Vaccination in the Punjab 1905-1918 - 1905-1918
Year: 1905
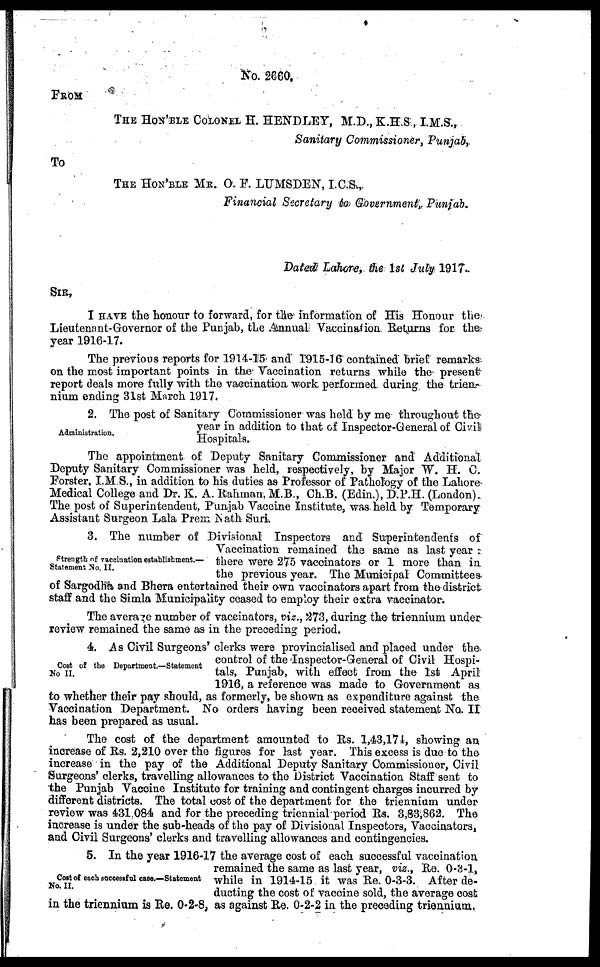
NO. 2660.
FROM
THE HON'BLE COLONEL H. HENDLEY, M.D., K.H.S , I.M.S.,
Sanitary Commissioner, Punjab,
To
THE HON'BLE MR. O. F. LUMSDEN, I.C.S.,
Financial Secretary to Government, Punjab.
Dated Lahore, the 1st July 1917.
SIR,
I HAVE the honour to forward, for the information of His Honour the-
Lieutenant-Governor of the Punjab, the Annual Vaccination Returns for the
year 1916-17.
The previous reports for 1914-15 and 1915-16 contained brief remarks
on the most important points in the Vaccination returns while the present
report deals more fully with the vaccination work performed during the trien-
nium ending 31st March 1917.
Administration.
2. The post of Sanitary Commissioner was held by me throughout the
year in addition to that of Inspector-General of Civil
Hospitals.
The appointment of Deputy Sanitary Commissioner and Additional
Deputy Sanitary Commissioner was held, respectively, by Major W. H. C.
Forster. I.M.S., in addition to his duties as Professor of Pathology of the Lahore
Medical College and Dr. K. A. Rahman, M.B., Ch.B. (Edin.), D.P.H. (London).
The post of Superintendent, Punjab Vaccine Institute, was held by Temporary
Assistant Surgeon Lala Prem Nath Suri.
Strength of vaccination establishment —
Statement No. II.
3. The number of Divisional Inspectors and Superintendents of
Vaccination remained the same as last year :
there were 275 vaccinators or 1 more than in
the previous year. The Municipal Committees-
of Sargodha and Bhera entertained their own vaccinators apart from the district
staff and the Simla Municipality ceased to employ their extra vaccinator.
The average number of vaccinators, viz., 273, during the triennium under
review remained the same as in the preceding period.
Cost of the Department.—Statement
No II.
4. As Civil Surgeons' clerks were provincialised and placed under the
control of the Inspector-General of Civil Hospi-
tals, Punjab, with effect from the 1st April
1916, a reference was made to Government as
to whether their pay should, as formerly, be shown as expenditure against the
Vaccination Department. No orders having been received statement No. II
has been prepared as usual.
The cost of the department amounted to Rs. 1,43,174, showing an
increase of Rs. 2,210 over the figures for last year. This excess is due to the
increase in the pay of the Additional Deputy Sanitary Commissioner, Civil
Surgeons' clerks, travelling allowances to the District Vaccination Staff sent to
the Punjab Vaccine Institute for training and contingent charges incurred by
different districts. The total cost of the department for the triennium under
review was 431 084 and for the preceding triennial period Rs. 3,83,862. The
increase is under the sub-heads of the pay of Divisional Inspectors, Vaccinators,
and Civil Surgeons' clerks and travelling allowances and contingencies.
Cost of each successful case.—Statement
No. II.
5. In the year 1916-17 the average cost of each successful vaccination
remained the same as last year, viz., Re. 0-3-1,
while in 1914-15 it was Re. 0-3-3. After de-
ducting the cost of vaccine sold, the average cost
in the triennium is Re. 0-2-8, as against Re. 0-2-2 in the preceding triennium.